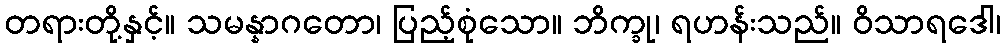
တရားတို့နှင့်။ သမန္နာဂတော၊ ပြည့်စုံသော။ ဘိက္ခု၊ ရဟန်းသည်။ ဝိသာရဒေါ၊